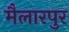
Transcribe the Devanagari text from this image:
मैलारपुर